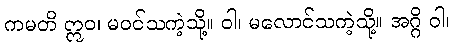
ကမတိ ဣဝ၊ မဝင်သကဲ့သို့။ ဝါ၊ မလောင်သကဲ့သို့။ အဂ္ဂိ ဝါ၊